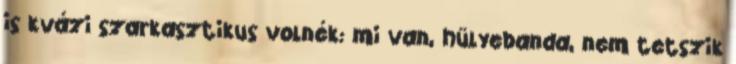
is kvázi szarkasztikus volnék: mi van, hülyebanda, nem tetszik